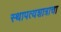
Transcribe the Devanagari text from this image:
स्थापत्यशात्राचा